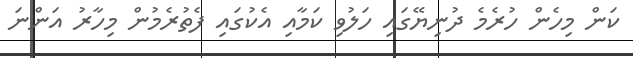
ކަން މިހެން ހުރެމެ ދުނިޔޭގައި ހަލުވި ކަމާއި އެކުގައި ފެތުރެމުން މިހާރު އަންނަ